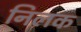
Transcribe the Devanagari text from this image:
निलक